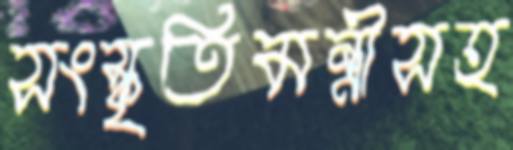
সংস্কৃতিমন্ত্রীসহ